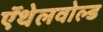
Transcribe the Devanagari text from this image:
ऍथेलवोल्ड